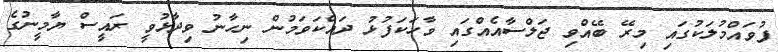
ފުވައްމުލަކުގައި މިރޭ ބޭއްވި ޖަލްސާއެއްގައި ވާހަކަފުޅު ދައްކަވަމުން ނިހާނު ވިދާޅުވީ ރައީސް ޔާމީނުގެ